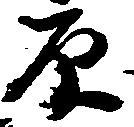
原